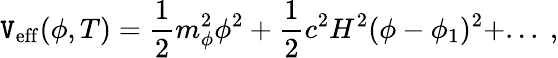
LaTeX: \mathtt{V}_{\mathrm{{eff}}}(\phi,T)=\frac{{1}}{{2}}m_{\phi}^{2}\phi^{2}+\frac{{1}}{{2}}c^{2}H^{2}(\phi-\phi_{1})^{2}+...\ ,